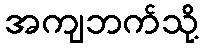
အကျဘက်သို့